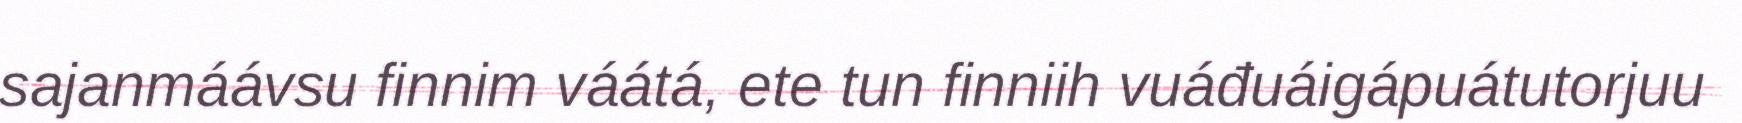
sajanmáávsu finnim váátá, ete tun finniih vuáđuáigápuátutorjuu